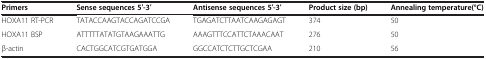
<table><thead><tr><td><b>Primers</b></td><td><b>Sense sequences 5′-3′</b></td><td><b>Antisense sequences 5′-3′</b></td><td><b>Product size (bp)</b></td><td><b>Annealing temperature(°C)</b></td></tr></thead><tbody><tr><td>HOXA11 RT-PCR</td><td>TATACCAAGTACCAGATCCGA</td><td>TGAGATCTTAATCAAGAGAGT</td><td>374</td><td>50</td></tr><tr><td>HOXA11 BSP</td><td>ATTTTTATATGTAAGAAATTG</td><td>AAAGTTTCCATTCTAAACAAT</td><td>276</td><td>50</td></tr><tr><td>β-actin</td><td>CACTGGCATCGTGATGGA</td><td>GGCCATCTCTTGCTCGAA</td><td>210</td><td>56</td></tr></tbody></table>